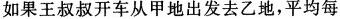
如果王叔叔开车从甲地出发去乙地，平均每